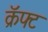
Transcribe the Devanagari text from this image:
क्रॅफ्ट